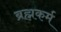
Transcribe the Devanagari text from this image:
ब्रह्मकर्म